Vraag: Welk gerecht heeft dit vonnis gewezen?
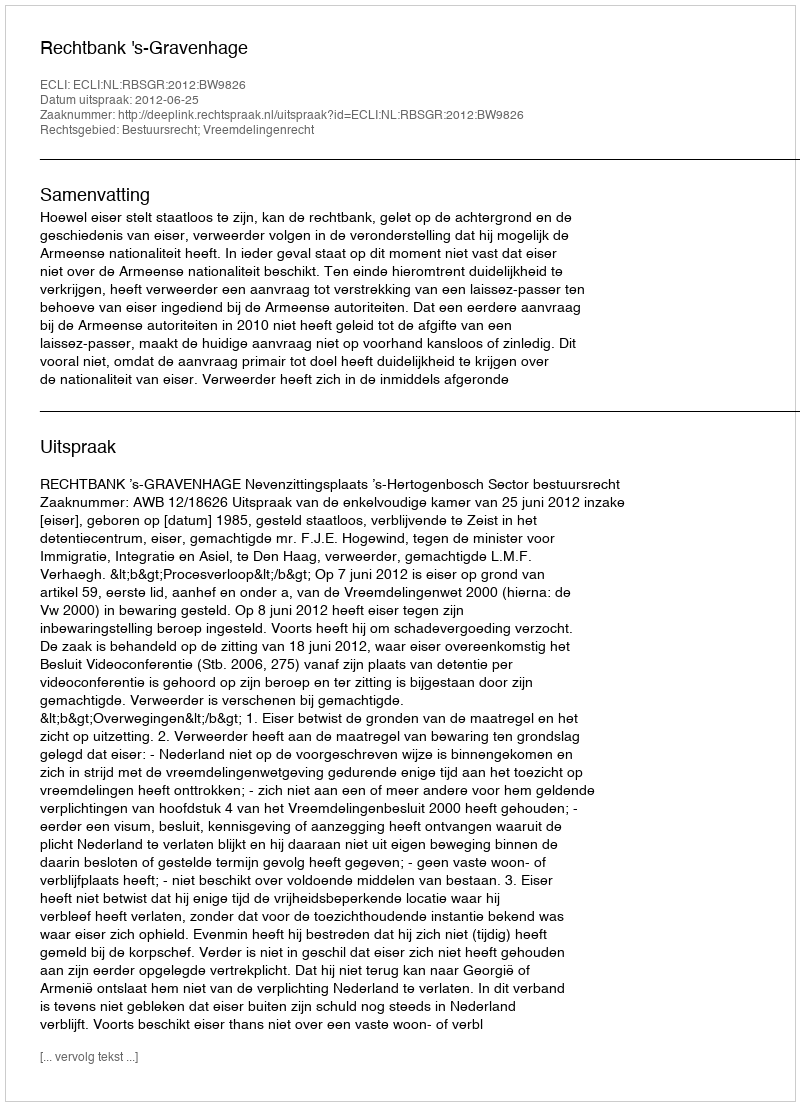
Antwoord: Rechtbank 's-Gravenhage